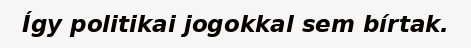
Így politikai jogokkal sem bírtak.